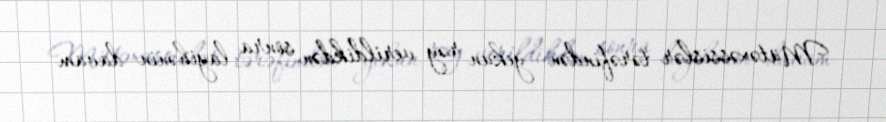
Mütəxəssislər tərəfindən yekun rəy verildikdən sonra layihənin davam